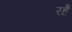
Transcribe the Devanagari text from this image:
रहेँ